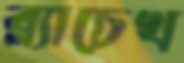
ব্ল্যাচেখ